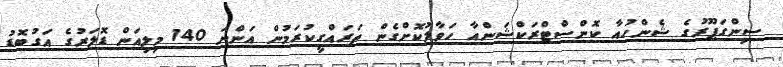
ސިންގަޕޫރުގެ ޝެންހުއާ ކޮންސްޓްރަކްޝަންއާ ހަވާލުކޮށްގެން ތަރައްގީކުރަމުން އަންނަ 140 މިލިއަން ޑޮލަރުގެ އަގުބޮޑު